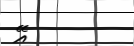
އޭ